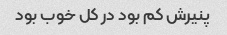
پنیرش کم بود در کل خوب بود